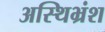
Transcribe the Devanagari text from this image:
अस्थिभ्रंश